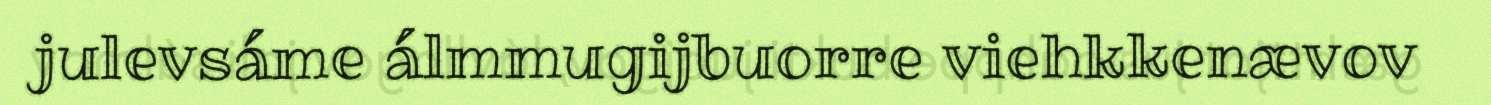
julevsáme álmmugijbuorre viehkkenævov